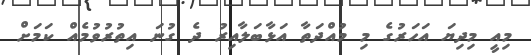
މިއީ މިދިޔަ އަހަރުގެ މި މުއްދަތާ އަޅާބަލާއިރު ދެ ގުނަ އިތުރުވުމެއް ކަމަށް